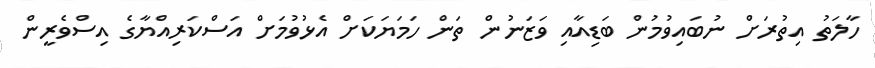
ހާލަތު އިތުރަށް ނުބައިވުމުން ބަޑިއާއި ވަޒަނުން ތަން ހަމަޔަަކަށް އެޅުވުމަށް އަސްކަރިއްޔާގެ އިސްވެރީން